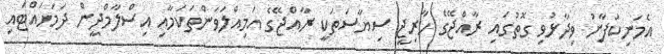
އެމަނިކުފާނު ވިދާޅުވި ގޮތުގައި ރާއްޖޭގެ ހާރިޖީ ސިޔާސަތަކީ ރާއްޖޭގެ އަމިއްލަވަންތަކަމާއި އިސްލާމްދީން ދަމަހައްޓައި